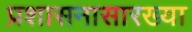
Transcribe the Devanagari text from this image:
प्रशासनासारख्या